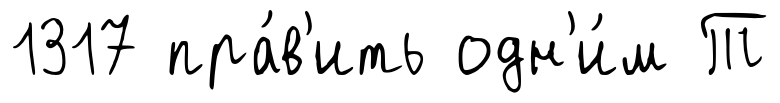
1317 пра́в'ить одн'и́м Т